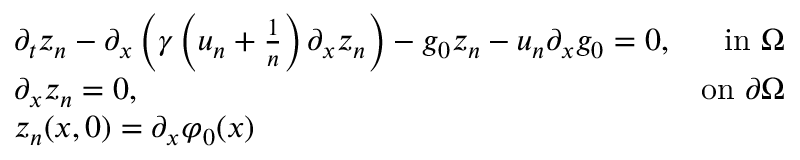
\begin{array} { r l r } & { \partial _ { t } z _ { n } - \partial _ { x } \left( \gamma \left( u _ { n } + \frac { 1 } { n } \right) \partial _ { x } z _ { n } \right) - g _ { 0 } z _ { n } - u _ { n } \partial _ { x } g _ { 0 } = 0 , } & { \mathrm { i n ~ } \Omega } \\ & { \partial _ { x } z _ { n } = 0 , } & { \mathrm { o n ~ } \partial \Omega } \\ & { z _ { n } ( x , 0 ) = \partial _ { x } \varphi _ { 0 } ( x ) } \end{array}